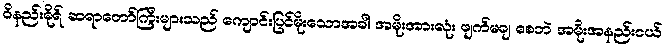
ဝိနည်းဓိုရ် ဆရာတော်ကြီးများသည် ကျောင်းပြင်မိုးသောအခါ အမိုးအားလုံး ဖျက်မချ စေဘဲ အမိုးအနည်းငယ်